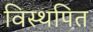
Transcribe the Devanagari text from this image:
विस्थपित